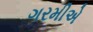
ગરમીએ